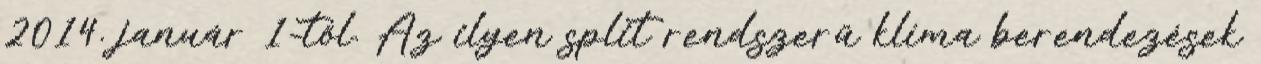
2014. január 1-től. Az ilyen split rendszerű klíma berendezések